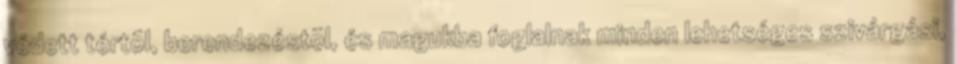
védett tértõl, berendezéstõl, és magukba foglalnak minden lehetséges szivárgási,